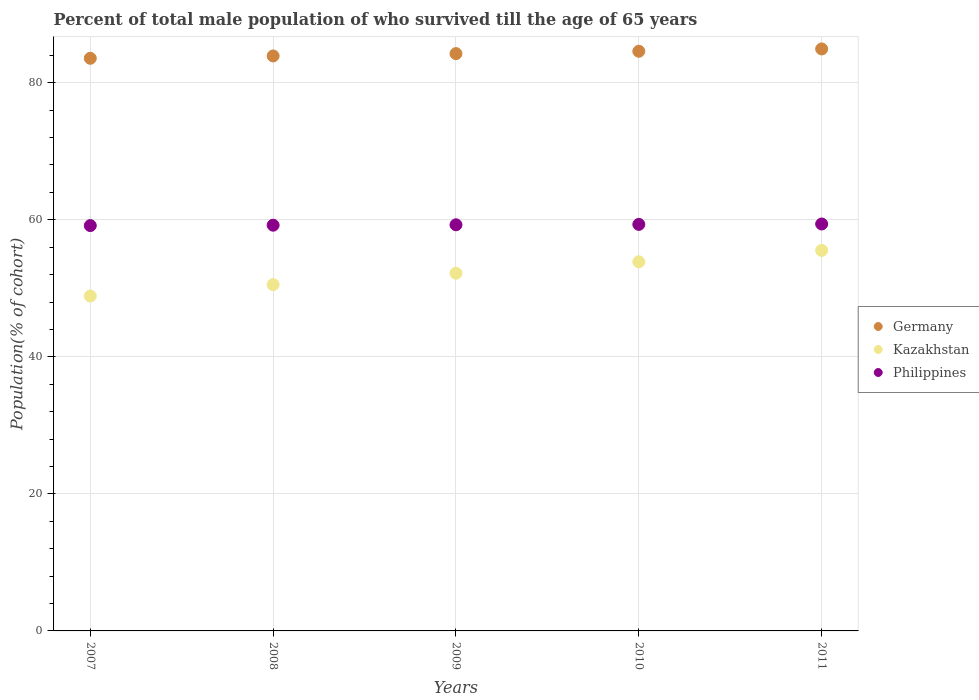
| Years | Germany | Kazakhstan | Philippines |
 | --- | --- | --- | --- |
 | 2007 | 83.6 | 48.9 | 59.2 |
 | 2008 | 83.9 | 50.5 | 59.2 |
 | 2009 | 84.3 | 52.2 | 59.3 |
 | 2010 | 84.6 | 53.9 | 59.3 |
 | 2011 | 84.9 | 55.5 | 59.4 |